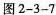
M图2-3-7